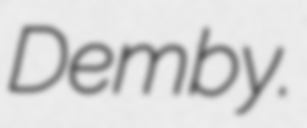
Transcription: Demby.